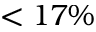
< 1 7 \%